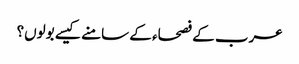
عرب کے فصحاء کے سامنے کیسے بولوں؟